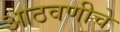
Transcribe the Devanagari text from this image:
आठवणीचे